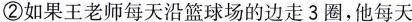
②如果王老师每天沿篮球场的边走3圈，他每天